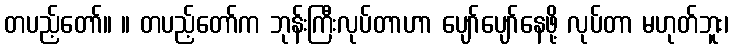
တပည့်တော်။ ။ တပည့်တော်က ဘုန်းကြီးလုပ်တာဟာ ပျော်ပျော်နေဖို့ လုပ်တာ မဟုတ်ဘူး၊